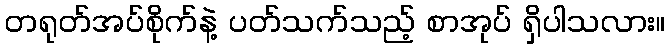
တရုတ်အပ်စိုက်နဲ့ ပတ်သက်သည့် စာအုပ် ရှိပါသလား။